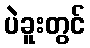
ပဲခူးတွင်